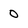
Character: 0